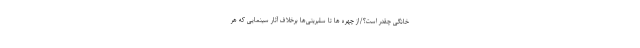
خانگی چقدر است؟/از چهره ها تا سلبریتی‌ها برخلاف آثار سینمایی که هر